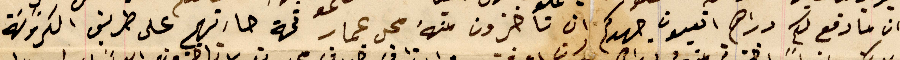
وان ما دفع لكم دراهم اتعبون جهدكم ان تاخزون منهُ محل عمار تحة حارتهم على طريقة الكروسَة